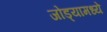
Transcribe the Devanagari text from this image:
जोड्यामध्ये